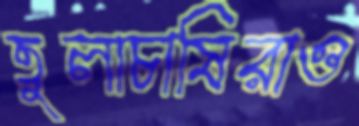
তুলাচাষিরাও